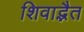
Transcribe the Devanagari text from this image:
शिवाद्भैत